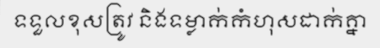
ទទួលខុសត្រូវ និងទម្លាក់កំហុសដាក់គ្នា